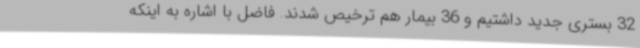
32 بستری جدید داشتیم و 36 بیمار هم ترخیص شدند. فاضل با اشاره به اینکه